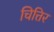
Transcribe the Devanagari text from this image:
चित्तिर